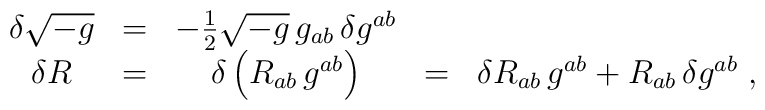
\begin{array}{ccccc}\delta \sqrt{-g}&=&-{1\over2}\sqrt{-g}\,g_{ab}\,\delta g^{ab}&\ &\\\delta R&=&\delta \left(R_{ab}\,g^{ab}\right)&=&\delta R_{ab}\,g^{ab}+R_{ab}\,\delta g^{ab}\;,\end{array}